Cholera in southern India
Disease focus: Cholera
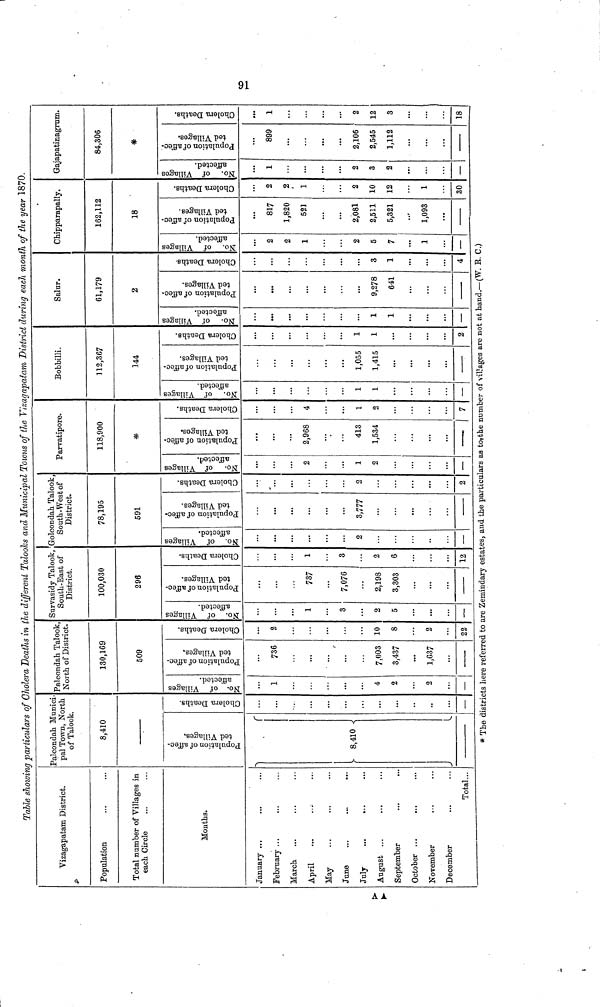
Table showing particulars of Cholera Deaths in the different Talooks and Municipal Towns of the Vizagapatam District during each month of the year 1870.
Vizagapatam District.
Population
Total number of Villages in
each Circle
Months.
January ...
February ...
March
April
May
June
July
August ...
September
October ...
...
November
December
Total...
Palcondah Munici-
pal Town, North
of Talook.
8,410
Population of affected Villages
8,410
Cholera Deaths
...
••
—
Palcondah Talook
North of District.
130,169
509
No. of Villages affected
1
4
2
2
—
Population of affected Villages
736
7,003
3,437
1,637
Cholera Deaths
2
10
8
2
22
Survasidy Talook
South-Bast of
District.
100,030
296
No. of Villages affected
1
3
2
5
Population of affected Villages
737
7,076
2,198
3,303
Cholera Deaths
1
3
2
6
12
Golcondah Talook
South-West of
District.
78,195
591
No. of Villages affected
...
2
—
Population of affected Villages
3,777
...
Cholera Deaths
-
2
2
Parvatipore.
118,900
«
No. of Villages affected
2
1
2
—
Population of affected Villages
2,968
413
1,534
Cholera Deaths
4
1
2
7
Bobbilli
112,367
144
No. of Villages affected
...
1
1
Population of affected Villages
1,055
1,415
Cholera Deaths
1
1
2
Salur.
61,179
2
No. of Villages affected
1
1
—
Population of affected Villages
...
9,278
641
Cholera Deaths
3
1
4
Chipparapally,
162,112
18
No. of Villages affected
2
2
1
2
5
7
1
—
Population of affected Villages
817
1,820
521
2,081
2,511
5,321
1,093
Cholera Deaths
2
2
1
2
10
12
1
30
Gajapatinagrum.
84,306
*
No. of Villages affected
1
...
2
3
2
...
—
Population of affected Villages
899
...
2,106
2,545
1,112
...
Cholera Deaths
1
2
12
3
18
* The districts here referred to are Zemindary estates, and the particulars as to the number of villages are not at hand.— (W. R. C.)
91